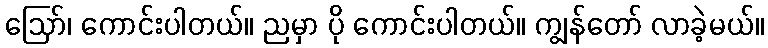
ဪ၊ ကောင်းပါတယ်။ ညမှာ ပို ကောင်းပါတယ်။ ကျွန်တော် လာခဲ့မယ်။